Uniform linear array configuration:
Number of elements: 24
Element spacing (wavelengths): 0.75
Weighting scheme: kaiser
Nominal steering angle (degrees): -30
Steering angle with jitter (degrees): -28.283
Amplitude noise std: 0.05
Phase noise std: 0.05

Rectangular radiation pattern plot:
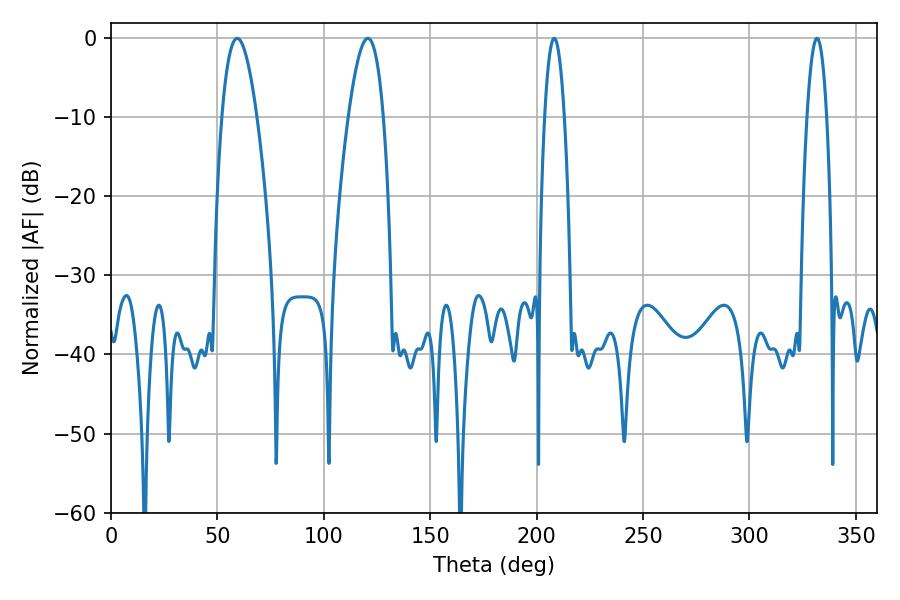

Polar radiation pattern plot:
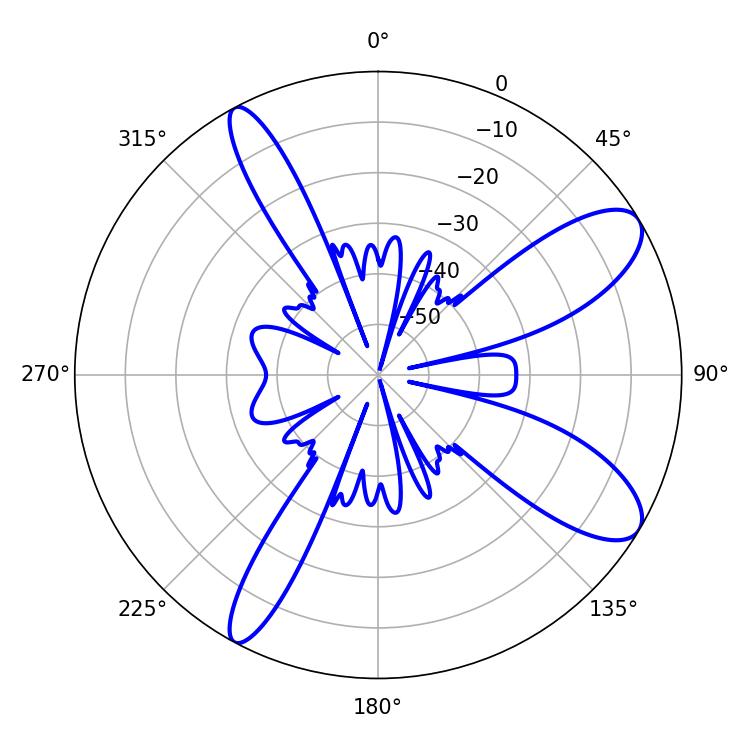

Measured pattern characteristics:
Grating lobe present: TRUE
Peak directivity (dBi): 9.972
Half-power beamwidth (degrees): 5.04
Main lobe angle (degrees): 208.26